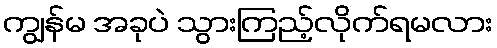
ကျွန်မ အခုပဲ သွားကြည့်လိုက်ရမလား